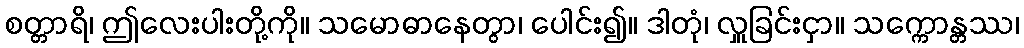
စတ္တာရိ၊ ဤလေးပါးတို့ကို။ သမောဓာနေတွာ၊ ပေါင်း၍။ ဒါတုံ၊ လှူခြင်းငှာ။ သက္ကောန္တဿ၊